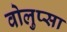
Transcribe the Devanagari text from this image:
वोलुप्सा